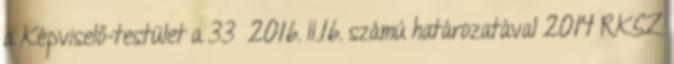
a Képviselő-testület a 33 2016. II.16. számú határozatával 2014 RKSZ